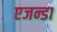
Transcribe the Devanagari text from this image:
एजन्डा